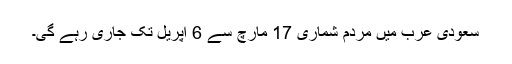
سعودی عرب میں مردم شماری 17 مارچ سے 6 اپریل تک جاری رہے گی۔